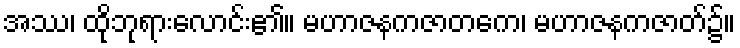
အဿ၊ ထိုဘုရားလောင်း၏။ မဟာဇနကဇာတကေ၊ မဟာဇနကဇာတ်၌။